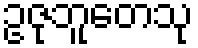
ဥဇုဘူတေသု